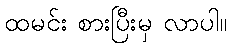
ထမင်း စားပြီးမှ လာပါ။